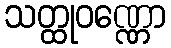
သတ္ထုဝဏ္ဏော